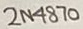
Text: 2N4870